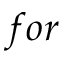
f o r